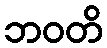
ဘဝတိ